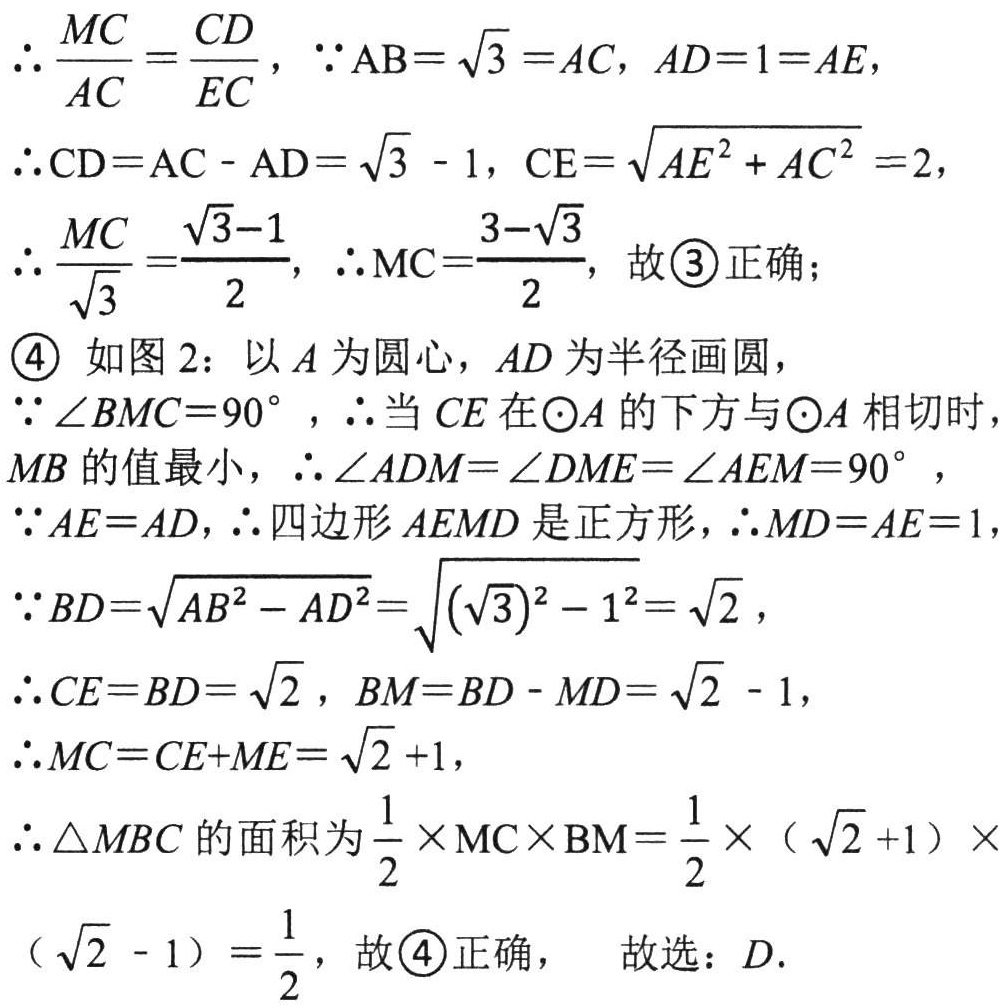
\(\therefore \frac{MC}{AC}=\frac{CD}{EC},\ \because AB = \sqrt{3}=AC,\ AD = 1 = AE,\)

\(\therefore CD=AC - AD=\sqrt{3}-1,\ CE=\sqrt{AE^{2}+AC^{2}} = 2,\)

\(\therefore \frac{MC}{\sqrt{3}}=\frac{\sqrt{3}-1}{2},\ \therefore MC=\frac{3 - \sqrt{3}}{2},\) 故\(\textcircled{3}\)正确；

\(\textcircled{4}\) 如图2：以\(A\)为圆心，\(AD\)为半径画圆，

\(\because \angle BMC = 90^{\circ},\ \therefore\)当\(CE\)在\(\odot A\)的下方与\(\odot A\)相切时，

\(MB\)的值最小，\(\therefore \angle ADM=\angle DME=\angle AEM = 90^{\circ},\)

\(\because AE = AD,\ \therefore\)四边形\(AEMD\)是正方形，\(\therefore MD = AE = 1,\)

\(\because BD=\sqrt{AB^{2}-AD^{2}}=\sqrt{(\sqrt{3})^{2}-1^{2}}=\sqrt{2},\)

\(\therefore CE = BD=\sqrt{2},\ BM = BD - MD=\sqrt{2}-1,\)

\(\therefore MC=CE + ME=\sqrt{2}+1,\)

\(\therefore \triangle MBC\)的面积为\(\frac{1}{2}\times MC\times BM=\frac{1}{2}\times(\sqrt{2}+1)\times\)

\((\sqrt{2}-1)=\frac{1}{2},\) 故\(\textcircled{4}\)正确， 故选：\(D\).